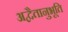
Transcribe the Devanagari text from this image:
अद्वैतानुभूति